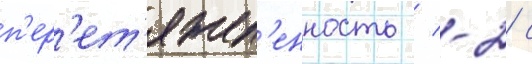
п'ер'ет'яжел'енность / -2 с